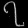
Digit: ၇